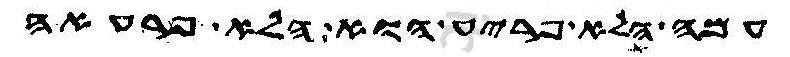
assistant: עמה הלא פריע הוא הלא פרעאה